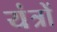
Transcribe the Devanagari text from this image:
यंंत्रों